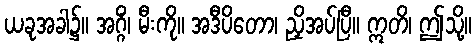
ယခုအခါ၌။ အဂ္ဂိံ၊ မီးကို။ အဒီပိတော၊ ညှိအပ်ပြီ။ ဣတိ၊ ဤသို့။